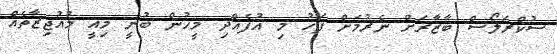
ސުކްރަލޯސް ބާޒާރަށް ނެރުމަށް ފަހު މި އުފެއްދި މީހުން ބުނީ މިއީ މުއުޖިޒާތެއް